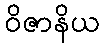
ဝိဇာနိယ